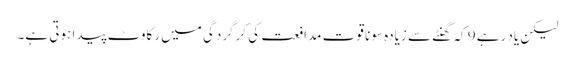
لیکن یاد رہے 9 کہ گھنٹے سے زیادہ سونا قوت مدافعت کی کرگردگی میں رکاوٹ پیدا ہوتی ہے۔